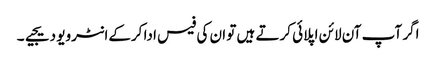
اگر آپ آن لائن اپلائی کرتے ہیں تو ان کی فیس ادا کرکےانٹرویو دیجیے۔